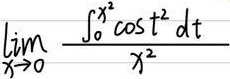
\(\lim_{x \to 0} \frac{\int_{0}^{x^{2}} \cos t^{2} \mathrm{d}t}{x^{2}}\)